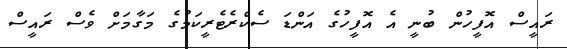
ރައީސް އޮފީހުން ބުނީ އެ އޮފީހުގެ އަންޑަ ސެކްރެޓެރީކަމުގެ މަގާމަށް ވެސް ރައީސް